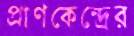
প্রাণকেন্দ্রের